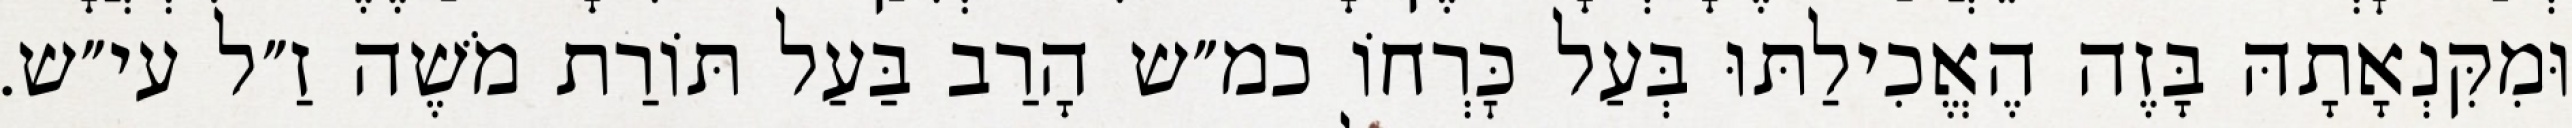
וּמִקִּנְאָתָהּ בָּזֶה הֶאֱכִילַתּוּ בְּעַל כׇּרְחוֹ כמ״ש הָרַב בַּעַל תּוֹרַת מֹשֶׁה זַ״ל עי״ש.